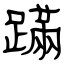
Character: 蹣